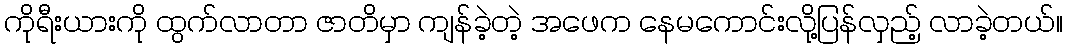
ကိုရီးယားကို ထွက်လာတာ ဇာတိမှာ ကျန်ခဲ့တဲ့ အဖေက နေမကောင်းလို့ပြန်လှည့် လာခဲ့တယ်။